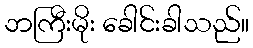
ဘကြီးမိုး ခေါင်းခါသည်။